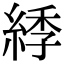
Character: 𦁳